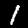
Digit: 1